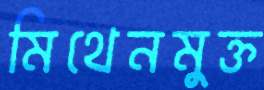
মিথেনমুক্ত